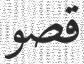
قصو